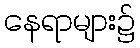
နေရာများ၌